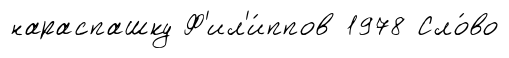
нараспашку Ф'ил'и́ппов 1978 Сло́во